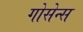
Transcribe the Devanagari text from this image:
गोसेन्स